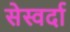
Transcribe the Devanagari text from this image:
सेस्वर्दा